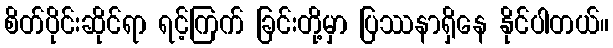
စိတ်ပိုင်းဆိုင်ရာ ရင့်ကြက် ခြင်းတို့မှာ ပြဿနာရှိနေ နိုင်ပါတယ်။